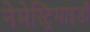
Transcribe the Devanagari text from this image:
नेमेस्ट्रिमाइडी